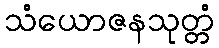
သံယောဇနသုတ္တံ